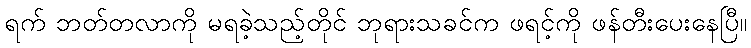
ရက် ဘတ်တလာကို မရခဲ့သည့်တိုင် ဘုရားသခင်က ဖရင့်ကို ဖန်တီးပေးနေပြီ။